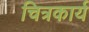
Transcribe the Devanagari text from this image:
चित्रकार्य